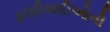
ફાશીવાદીઓની